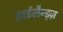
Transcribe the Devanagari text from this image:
हाईलैन्ड्ज़